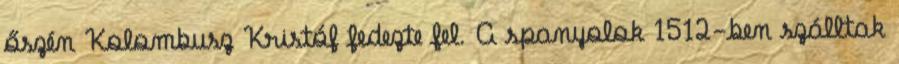
őszén Kolombusz Kristóf fedezte fel. A spanyolok 1512-ben szálltak